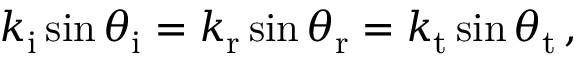
k _ { \mathrm { i } } \sin \theta _ { \mathrm { i } } = k _ { \mathrm { r } } \sin \theta _ { \mathrm { r } } = k _ { \mathrm { t } } \sin \theta _ { \mathrm { t } } \, ,